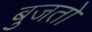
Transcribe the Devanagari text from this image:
बुजतो